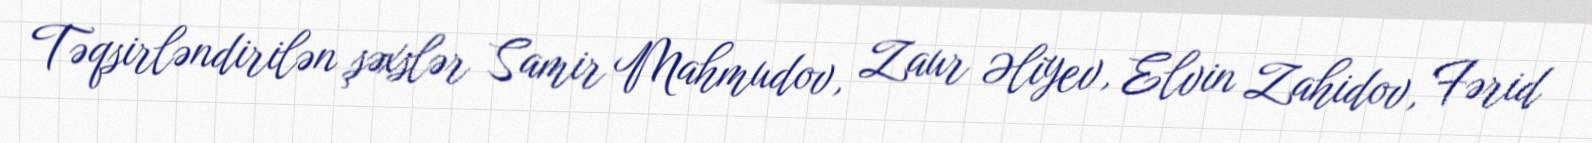
Təqsirləndirilən şəxslər Samir Mahmudov, Zaur Əliyev, Elvin Zahidov, Fərid